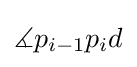
\measuredangle p_{i-1}p_{i}d